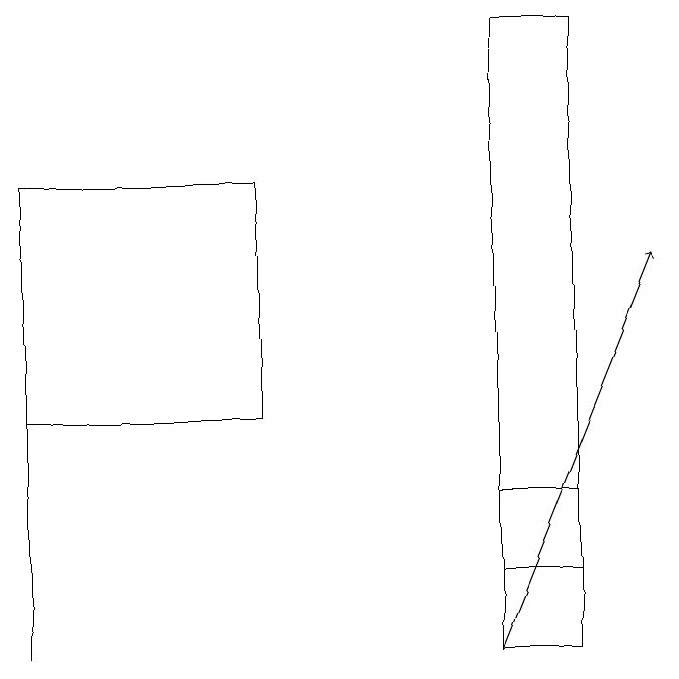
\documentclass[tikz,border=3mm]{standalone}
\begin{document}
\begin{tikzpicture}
\draw (8,12) rectangle (7,10);
\draw[->] (7,10) -- (9,15);
\draw (7,11) rectangle (8,18);
\draw (1,15) rectangle (1,10);
\draw (4,16) rectangle (1,13);
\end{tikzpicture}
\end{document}